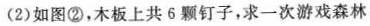
(2) 如图②，木板上共 6 颗钉子，求一次游戏森林